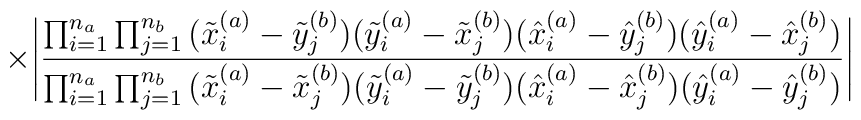
\times\Bigg| \frac{\prod_{i=1}^{n_a}\prod_{j=1}^{n_b}\big( \tilde{x}^{(a)}_i - \tilde{y}^{(b)}_j \big)\big( \tilde{y}^{(a)}_i - \tilde{x}^{(b)}_j \big)\big( \hat{x}^{(a)}_i - \hat{y}^{(b)}_j \big)\big( \hat{y}^{(a)}_i - \hat{x}^{(b)}_j \big)}{\prod_{i=1}^{n_a}\prod_{j=1}^{n_b}\big( \tilde{x}^{(a)}_i - \tilde{x}^{(b)}_j \big)\big( \tilde{y}^{(a)}_i - \tilde{y}^{(b)}_j \big)\big( \hat{x}^{(a)}_i - \hat{x}^{(b)}_j \big)\big( \hat{y}^{(a)}_i - \hat{y}^{(b)}_j \big)}\Bigg|